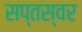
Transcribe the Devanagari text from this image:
सप्तस्वर